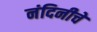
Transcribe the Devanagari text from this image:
नंदिनीचे